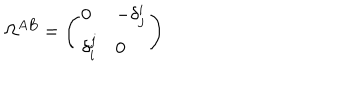
\Omega ^ { A B } = \left( \begin{array} { l l } { { 0 } } & { { - \delta _ { j } ^ { i } } } \\ { { \delta _ { i } ^ { j } } } & { { 0 } } \\ \end{array} \right)